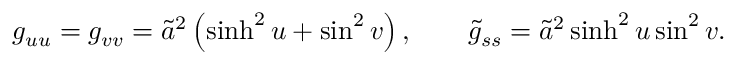
g _ { u u } = g _ { v v } = \widetilde { a } ^ { 2 } \left( \sinh ^ { 2 } u + \sin ^ { 2 } v \right) , \qquad \widetilde { g } _ { s s } = \widetilde { a } ^ { 2 } \sinh ^ { 2 } u \sin ^ { 2 } v .